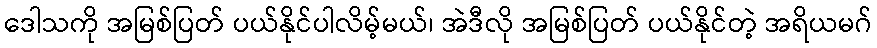
ဒေါသကို အမြစ်ပြတ် ပယ်နိုင်ပါလိမ့်မယ်၊ အဲဒီလို အမြစ်ပြတ် ပယ်နိုင်တဲ့ အရိယမဂ်